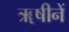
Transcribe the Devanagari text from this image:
ॠषीनें